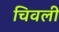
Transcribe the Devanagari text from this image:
चिवली